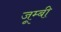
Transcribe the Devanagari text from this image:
जूम्बी